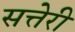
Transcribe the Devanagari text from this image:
सत्तेरी